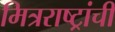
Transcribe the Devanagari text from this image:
मित्रराष्ट्रांची